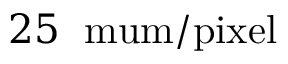
2 5 \; \mathrm { { \ m u m / p i x e l } }